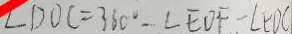
\angle D O C = 3 6 0 ^ { \circ } - \angle E D F - \angle E D C